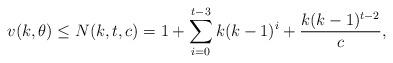
LaTeX: \begin{align*}v(k,\theta) \leq N(k,t,c)=1+\sum_{i=0}^{t-3}k (k-1)^{i}+\frac{k(k-1)^{t-2}}{c}, \end{align*}